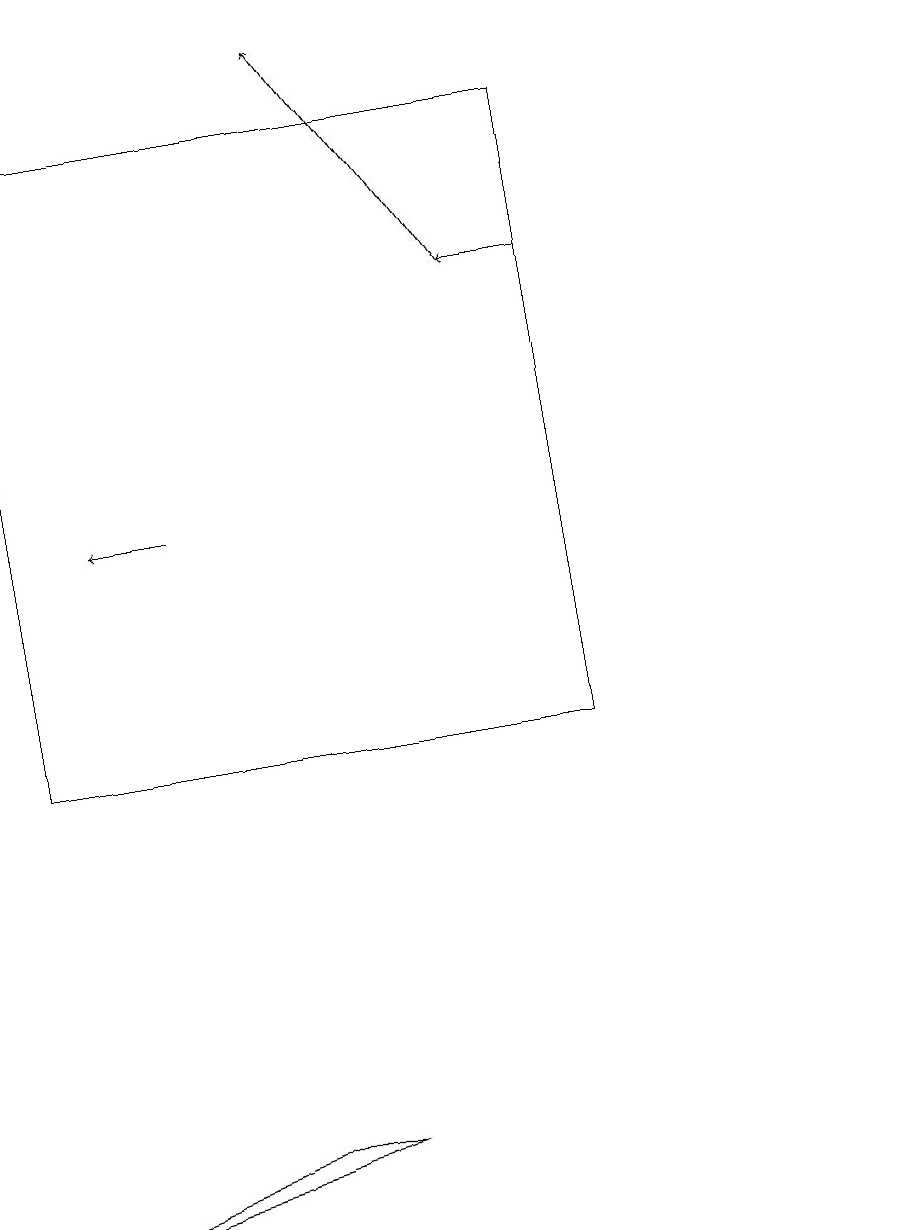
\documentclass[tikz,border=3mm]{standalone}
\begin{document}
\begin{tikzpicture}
\draw[->] (2,13) -- (1,13);
\draw (11,12) circle (0);
\draw (0,18) rectangle (7,10);
\draw[->] (7,16) -- (6,16);
\draw (0,4) -- (3,5) -- (4,5) -- cycle;
\draw[->] (6,16) -- (4,19);
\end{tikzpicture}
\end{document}